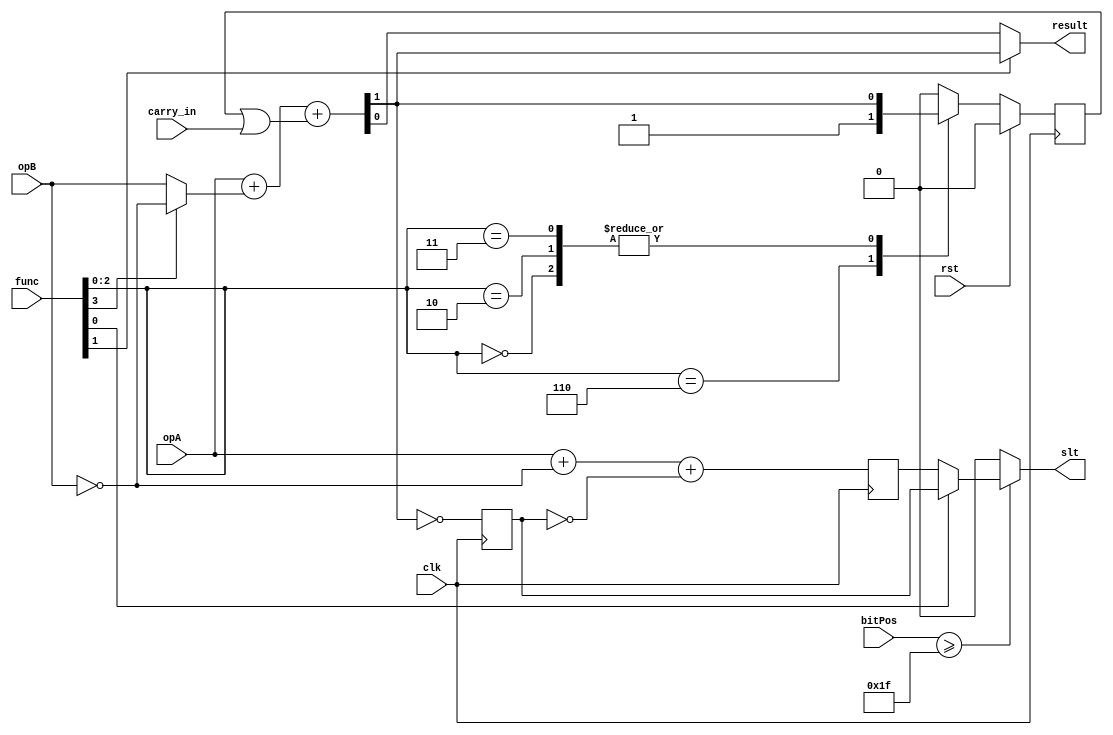
`timescale 1ns / 1ps
//////////////////////////////////////////////////////////////////////////////////
// Company: 
// Engineer: 
// 
// Design Name: 
// Module Name: ALU
// Project Name: 
// Target Devices: 
// Tool Versions: 
// Description: 
// 
// Dependencies: 
// 
// Revision:
// Revision 0.01 - File Created
// Additional Comments:
// 
//////////////////////////////////////////////////////////////////////////////////

module ALU(
    input [5:0] bitPos,
    input [3:0] func,
    input       opA,
    input       opB,
    input       carry_in,
    input       rst,
    input       clk,
    output      result,
    output      slt
    );
    
reg Carry;
wire adder_sum;
wire adder_carry_out;

// Full adder operands 
wire adder_opA = opA;
wire adder_opB = func[3] ? ~opB : opB; //Invert for SUB

// Full adder carry
wire adder_carry_in = Carry | carry_in;

// Full adder
assign {adder_carry_out, adder_sum} = adder_opA + adder_opB + adder_carry_in;
always @(posedge clk)
    if (rst) Carry <= 1'b0;
    else case (func[2:0])
        3'b000: Carry <= adder_carry_out; // ADD or SUB  
        3'b100: Carry <= 1'b0; // XOR         
        3'b110: Carry <= 1'b1; // OR          
        3'b111: Carry <= 1'b0; // AND   
        3'b010: Carry <= adder_carry_out; // SLT
        3'b011: Carry <= adder_carry_out; // SLTU      
        default: Carry <= 1'b0;
    endcase                
    
// Less than comparisons
reg slt_reg_unsigned, slt_reg_signed;
always @(posedge clk)
begin
    // Do unsigned comparison serially using the adder
    slt_reg_unsigned <= ~adder_carry_out;
    
    // For signed treat the current input as the sign bits to modify the previous unsigned results
    slt_reg_signed <= opA + ~opB + ~slt_reg_unsigned;
end

// SLT output multiplexer
assign slt = bitPos >= 31 ? (func[0] ? slt_reg_unsigned : slt_reg_signed) : 1'b0;

// ALU output multiplexer
assign result = func[1] ?  adder_carry_out : adder_sum;

endmodule